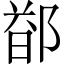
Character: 𬪐